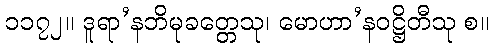
၁၁၇၂။ ဒူရာ’နဘိမုခတ္တေသု၊ မောဟာ’နဝဋ္ဌိတီသု စ။